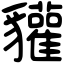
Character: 貛